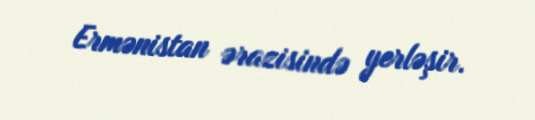
Ermənistan ərazisində yerləşir.